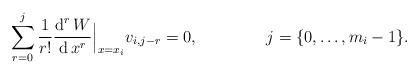
LaTeX: \begin{align*}\sum_{r=0}^{j}\frac{1}{r!}\frac{\operatorname{d}^rW}{\operatorname{d} x^r}\Big|_{x=x_i}v_{i,j-r}&=0, & j&=\{0,\ldots,m_i-1\}.\end{align*}